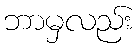
ဘာမှလည်း